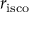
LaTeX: r _ { \mathrm { i s c o } }